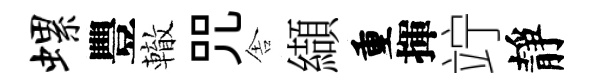
螺豐轍咒舎纈重揮竚靜